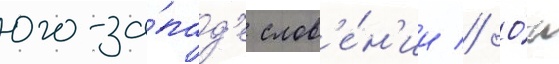
юго-за́пад'е слов'е́н'ии // О́н